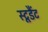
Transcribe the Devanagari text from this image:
स्टूडैंट